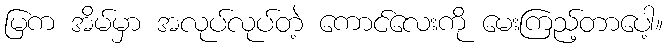
မြက အိမ်မှာ အလုပ်လုပ်တဲ့ ကောင်လေးကို မေးကြည့်တာပေါ့။